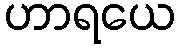
ဟာရယေ